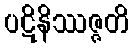
ပဋိနိဿဇ္ဇတိ